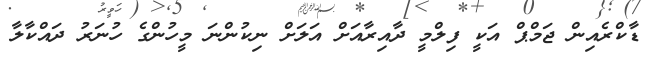
ޑާކްރެއިން ޖަމްޕް އަކީ ފިލްމީ ދާއިރާއަށް އަލަށް ނިކުންނަ މީހުންގެ ހުނަރު ދައްކާލާ